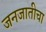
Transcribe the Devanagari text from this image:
जनजातीचा